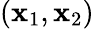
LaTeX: (\mathbf{x}_{1},\mathbf{x}_{2})